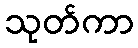
သုတ်ကာ